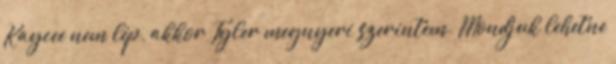
Kaycee nem lép, akkor Tyler megnyeri szerintem. Mondjuk lehetne